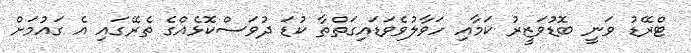
ޓްރޭޑު ވަނީ ބޮޑުވަޒީރު ކަމާއި ހަވާލުވެވަޑައިގަތްތާ ކުޑަ ދުވަސްކޮޅެއްގެ ތެރޭގައި އެ ގައުމަށް